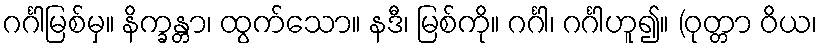
ဂင်္ဂါမြစ်မှ။ နိက္ခန္တာ၊ ထွက်သော။ နဒီ၊ မြစ်ကို။ ဂင်္ဂါ၊ ဂင်္ဂါဟူ၍။ (ဝုတ္တာ ဝိယ၊